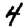
Digit: 4